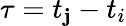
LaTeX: \tau=t_{\mathbf{j}}-t_{i}